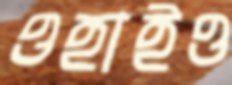
ওহাইও